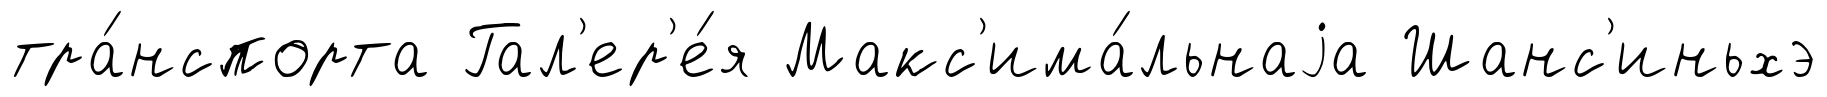
тра́нспорта Гал'ер'е́я Макс'има́льнаjа Шанс'иньхэ